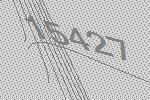
15427